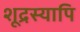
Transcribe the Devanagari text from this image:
शूद्रस्यापि